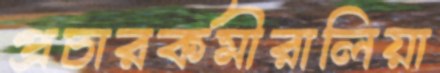
প্রচারকর্মীরালিয়া